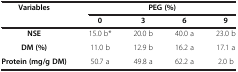
<table><thead><tr><td rowspan="2"><b>Variables</b></td><td colspan="4"><b>PEG (%)</b></td></tr><tr><td><b>0</b></td><td><b>3</b></td><td><b>6</b></td><td><b>9</b></td></tr></thead><tbody><tr><td><b>NSE</b></td><td>15.0 b*</td><td>20.0 b</td><td>40.0 a</td><td>23.0 b</td></tr><tr><td><b>DM (%)</b></td><td>11.0 b</td><td>12.9 b</td><td>16.2 a</td><td>17.1 a</td></tr><tr><td><b>Protein (mg/g DM)</b></td><td>50.7 a</td><td>49.8 a</td><td>62.2 a</td><td>2.0 b</td></tr></tbody></table>